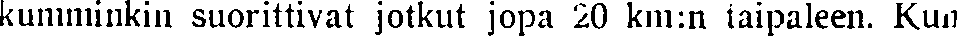
kumminkin suorittivat jotkut jopa 20 km:n taipaleen. Kun